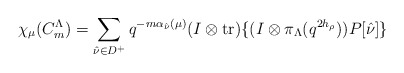
\begin{align*}\chi_\mu (C_m^{\Lambda})=\sum_{\hat{\nu}\in D^+}q^{-m\alpha_{\hat{\nu}}(\mu)}(I\otimes{\rm tr})\{(I\otimes\pi_{\Lambda}(q^{2h_\rho}))P[\hat{\nu}]\}\end{align*}